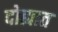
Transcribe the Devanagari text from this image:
दोह्यात